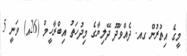
މީގެ އިތުރުން ގއ. ދެއްވަދޫ ދޭލިޔާގެ މިދުހަތު އިބްރާހީމް (26އ) ވަނީ 5